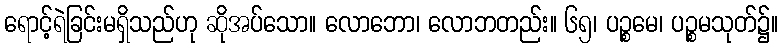
ရောင့်ရဲခြင်းမရှိသည်ဟု ဆိုအပ်သော။ လောဘော၊ လောဘတည်း။ ၆၅၊ ပဉ္စမေ၊ ပဉ္စမသုတ်၌။